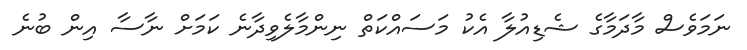
ނަމަވެސް މާދަމާގެ ޝެޑިއުލާ އެކު މަސައްކަތް ނިންމާލެވިދާނެ ކަމަށް ނާސާ އިން ބުނެ